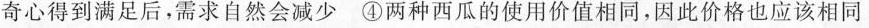
奇心得到满足后，需求自然会减少④两种西瓜的使用价值相同，因此价格也应该相同